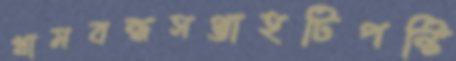
খামবন্ধসপ্তাহটিপন্টি